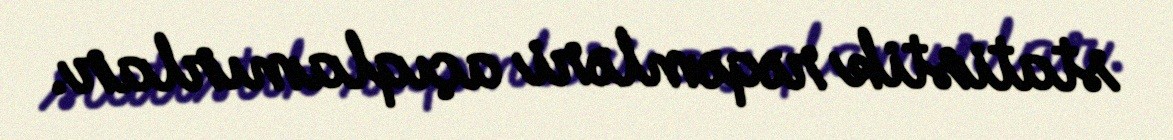
statistik rəqəmləri açıqlamırlar.